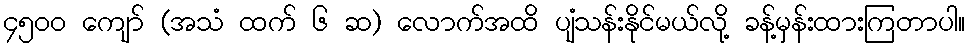
၄၅၀၀ ကျော် (အသံ ထက် ၆ ဆ) လောက်အထိ ပျံသန်းနိုင်မယ်လို့ ခန့်မှန်းထားကြတာပါ။